Eesti_Rahvusfond, lk 33
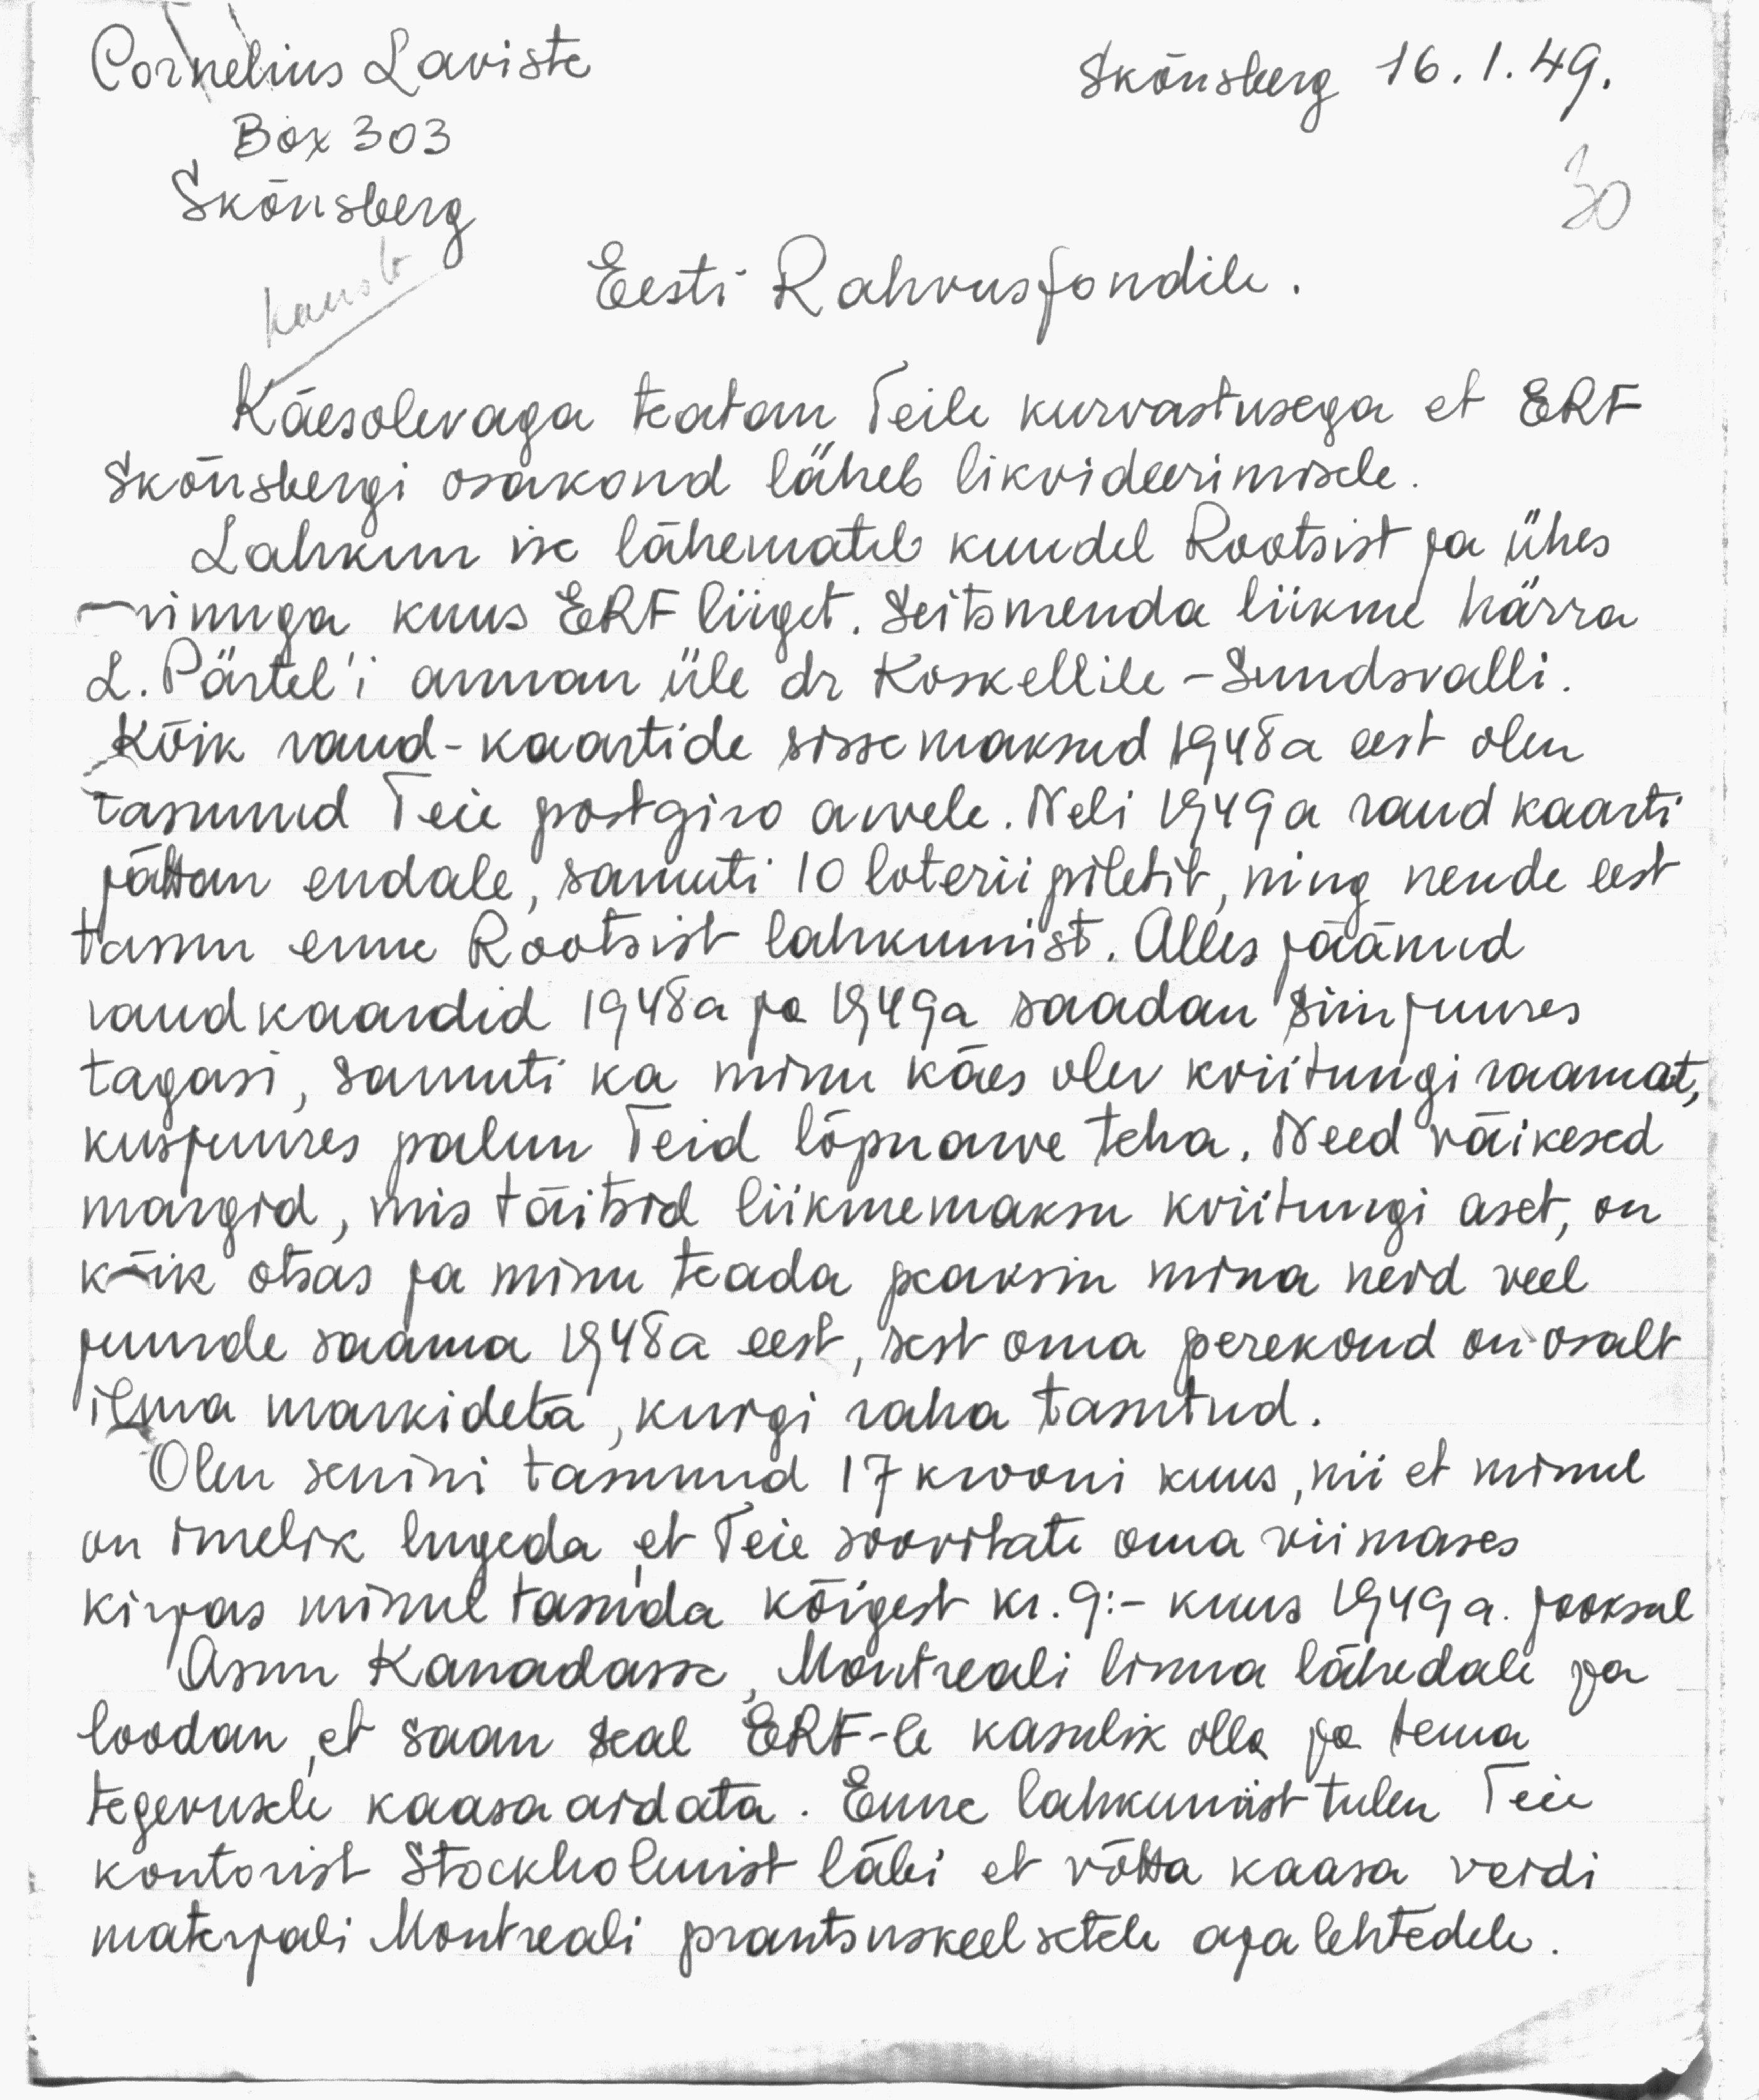
Cornelius Leviste
Skönsberg 16.1.49.
Box 303
Skönsberg
kaust
Eesti Rahvusfondile.
Käesolevaga teatan Teile kurvastusega et ERF
Skönsbergi osakond läheb likvideerimisele
Lahkun ise lähematel kuudel Rootsist ja ühes
minuga kuus ERF liiget. Seitsmenda liikme härra
L. Pärtel'i annan üle dr Koskellile - Sundsvalli.
Kõik raud-kaartide sisse maksud 1948a eest olen
tasunud Teie postgiro arvele. Neli 1949a raud kaarti
jättan endale, samuti 10 loteriipiletit, ning nende eest
tasun enne Rootsist lahkumist. Alles jäänud
raudkaardid 1948a ja 1949a saadan siin juures
tagasi, samuti ka minu käes olev kviitungi raamat,
kusjuures palun Teid lõpuarve teha. Need väikesed
margid, mis täitsid liikmemaksu kviitungi aset, on
kõik otsas ja minu teada peaksin mina neid veel
juurde saama 1948a eest, sest oma perekond on osalt
ilma märkideta, kuigi raha tasutud.
Olen senini tasunud 17 krooni kuus, nii et minul
on imelik lugeda et teie soovitate oma viimases
kirjas minul tasuda kõigest kr. 9.- kuus 1949 a. jooksul
Asun Kanadasse Montreali linna lähedale ja
loodan, et saan seal ERF-le kasulik olla ja tema
tegevusele kaasa aidata. Enne lahkumist tulin Teie
kontorist Stockholmist läbi, et võtta kaasa veidi
materjali Montreali prantsuskeelsetele ajalehtedele.